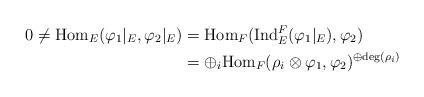
LaTeX: \begin{align*}0 \neq \mathrm{Hom}_E(\varphi_1|_E,\varphi_2|_E)&=\mathrm{Hom}_F(\mathrm{Ind}_{E}^F(\varphi_1|_E),\varphi_2)\\&=\oplus_i \mathrm{Hom}_F(\rho_i \otimes \varphi_1,\varphi_2)^{\oplus \mathrm{deg}(\rho_i)}\end{align*}